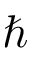
\hbar